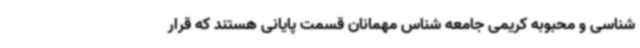
شناسی و محبوبه کریمی جامعه شناس مهمانان قسمت پایانی هستند که قرار